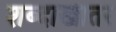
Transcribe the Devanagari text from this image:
शब्दाखातर